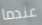
عندما